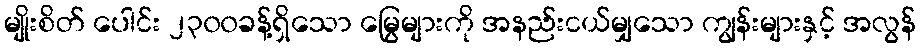
မျိုးစိတ် ပေါင်း ၂၃၀၀ခန့်ရှိသော မြွေများကို အနည်းငယ်မျှသော ကျွန်းများနှင့် အလွန်